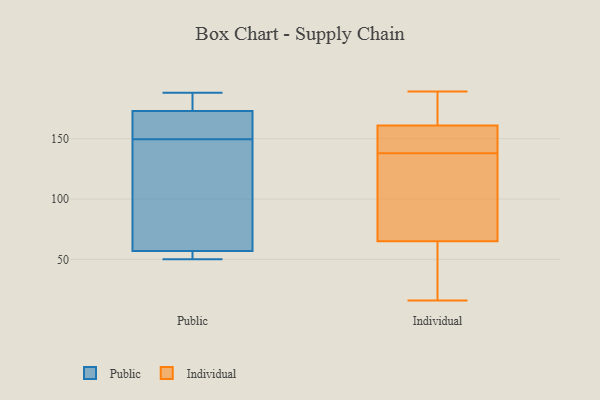
{"axis": {"x": "Waste Production (Tons)", "y": "Value"}, "legend": ["Individual", "Public"], "data": [{"x": "", "y": 173, "type": "Public"}, {"x": "", "y": 84, "type": "Public"}, {"x": "", "y": 121, "type": "Public"}, {"x": "", "y": 50, "type": "Public"}, {"x": "", "y": 177, "type": "Public"}, {"x": "", "y": 188, "type": "Public"}, {"x": "", "y": 152, "type": "Public"}, {"x": "", "y": 172, "type": "Public"}, {"x": "", "y": 54, "type": "Public"}, {"x": "", "y": 57, "type": "Public"}, {"x": "", "y": 154, "type": "Public"}, {"x": "", "y": 54, "type": "Public"}, {"x": "", "y": 147, "type": "Public"}, {"x": "", "y": 185, "type": "Public"}, {"x": "", "y": 189, "type": "Individual"}, {"x": "", "y": 149, "type": "Individual"}, {"x": "", "y": 133, "type": "Individual"}, {"x": "", "y": 161, "type": "Individual"}, {"x": "", "y": 64, "type": "Individual"}, {"x": "", "y": 165, "type": "Individual"}, {"x": "", "y": 65, "type": "Individual"}, {"x": "", "y": 143, "type": "Individual"}, {"x": "", "y": 119, "type": "Individual"}, {"x": "", "y": 16, "type": "Individual"}]}